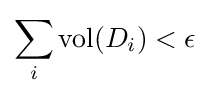
\sum _{i}\operatorname {vol} (D_{i})<\epsilon